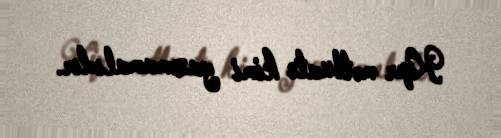
Kipr mətbuatı kimi yazmamalıdır.